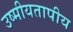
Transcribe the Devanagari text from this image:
उष्मीयतापीय